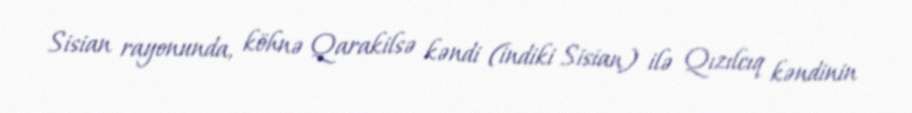
Sisian rayonunda, köhnə Qarakilsə kəndi (indiki Sisian) ilə Qızılcıq kəndinin